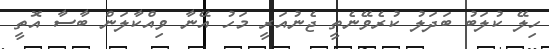
ހިލޭ ކުލަބު ބަދަލު ކުރެވޭނެތީ ޖެނުއަރީ މަހު އޭނާ ވިއްކާލަން ބާސާ އޮތީ